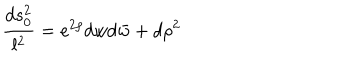
LaTeX: { \frac { d s _ { 0 } ^ { 2 } } { l ^ { 2 } } } = e ^ { 2 \rho } d w d \bar { w } + d \rho ^ { 2 }